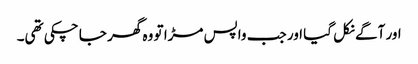
اور آگے نکل گیا اور جب واپس مڑا تو وہ گھر جا چکی تھی۔